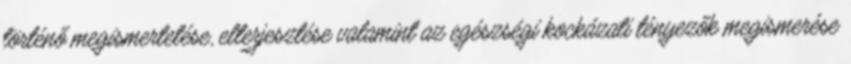
történő megismertetése, elterjesztése valamint az egészségi kockázati tényezők megismerése